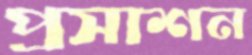
প্রসাশন